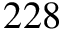
2 2 8